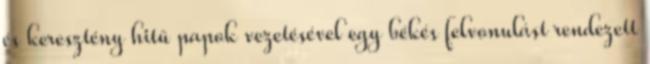
és keresztény hitű papok vezetésével egy békés felvonulást rendezett